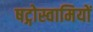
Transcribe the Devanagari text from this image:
षट्गोस्वामियों